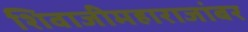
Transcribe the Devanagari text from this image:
शिवाजीमहाराजांबर